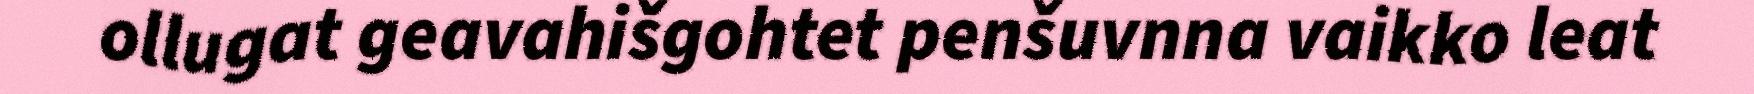
ollugat geavahišgohtet penšuvnna vaikko leat